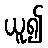
ယူ၍